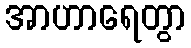
အာဟာရေတွာ